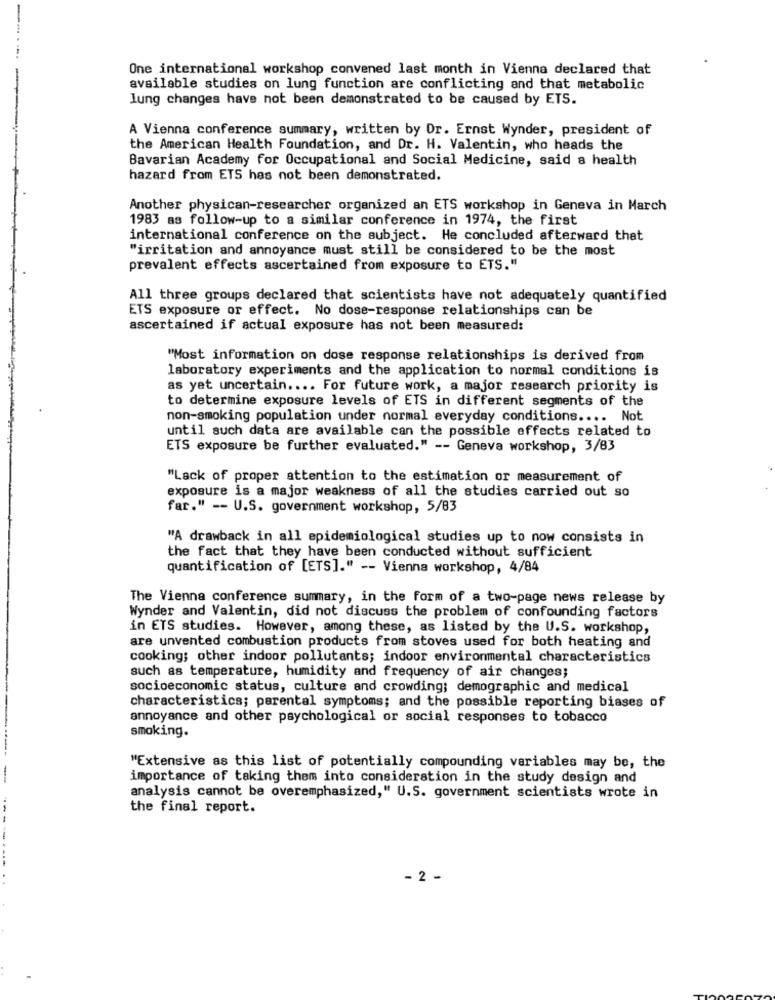
One international workshop convened last month in Vienna declared that
available studies on lung function are conflicting and that metabolic
lung changes have not been demonstrated to be caused by ETS.
A Vienna conference summary, written by Dr. Ernst Wynder, president of
the American Health Foundation, and Dr. H. Valentin, who heads the
Bavarian Academy for Occupational and Social Medicine, said a health
hazard from ETS has not been demonstrated.
Another physican-researcher organized an ETS workshop in Geneva in March
1983 as follow-up to a similar conference in 1974, the first
international conference on the subject. He concluded afterward that
"irritation and annoyance must still be considered to be the most
prevalent effects ascertained from exposure to ETS."
All three groups declared that scientists have not adequately quantified
ETS exposure or effect. No dose-response relationships can be
ascertained if actual exposure has not been measured:
"Most information on dose response relationships is derived from
laboratory experiments and the application to normal conditions is
as yet uncertain .... For future work, a major research priority is
to determine exposure levels of ETS in different segments of the
non-smoking population under normal everyday conditions .... Not
until such data are available can the possible effects related to
ETS exposure be further evaluated." -- Geneva workshop, 3/83
"Lack of proper attention to the estimation or measurement of
exposure is a major weakness of all the studies carried out so
far." -- U.S. government workshop, 5/83
"A drawback in all epidemiological studies up to now consists in
the fact that they have been conducted without sufficient
quantification of [ETS]." -- Vienna workshop, 4/84
The Vienna conference summary, in the form of a two-page news release by
Wynder and Valentin, did not discuss the problem of confounding factors
in ETS studies. However, among these, as listed by the U.S. workshop,
are unvented combustion products from stoves used for both heating and
cooking; other indoor pollutants; indoor environmental characteristics
such as temperature, humidity and frequency of air changes;
socioeconomic status, culture and crowding; demographic and medical
characteristics; parental symptoms; and the possible reporting biases of
annoyance and other psychological or social responses to tobacco
smoking.
"Extensive as this list of potentially compounding variables may be, the
importance of taking them into consideration in the study design and
analysis cannot be overemphasized," U.S. government scientists wrote in
the final report.
. 2 -